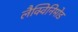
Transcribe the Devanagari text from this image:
लैक्विनिमोड